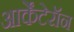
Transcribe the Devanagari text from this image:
आर्केंटेरॉन